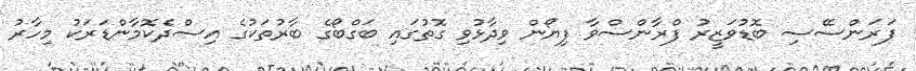
ފަރަންސޭސި ބޮޑުވަޒީރު ފްރާންސްވާ ފިޔޯން ވިދާޅުވި ގޮތުގައި ބަގްބޯގެ ބާރުތަކުގެ އިސްދެކޮމާންޑަރަކު މިހާރު